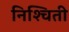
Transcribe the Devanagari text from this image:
निश्‍चिती